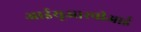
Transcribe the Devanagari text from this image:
आईयूआरपीआई